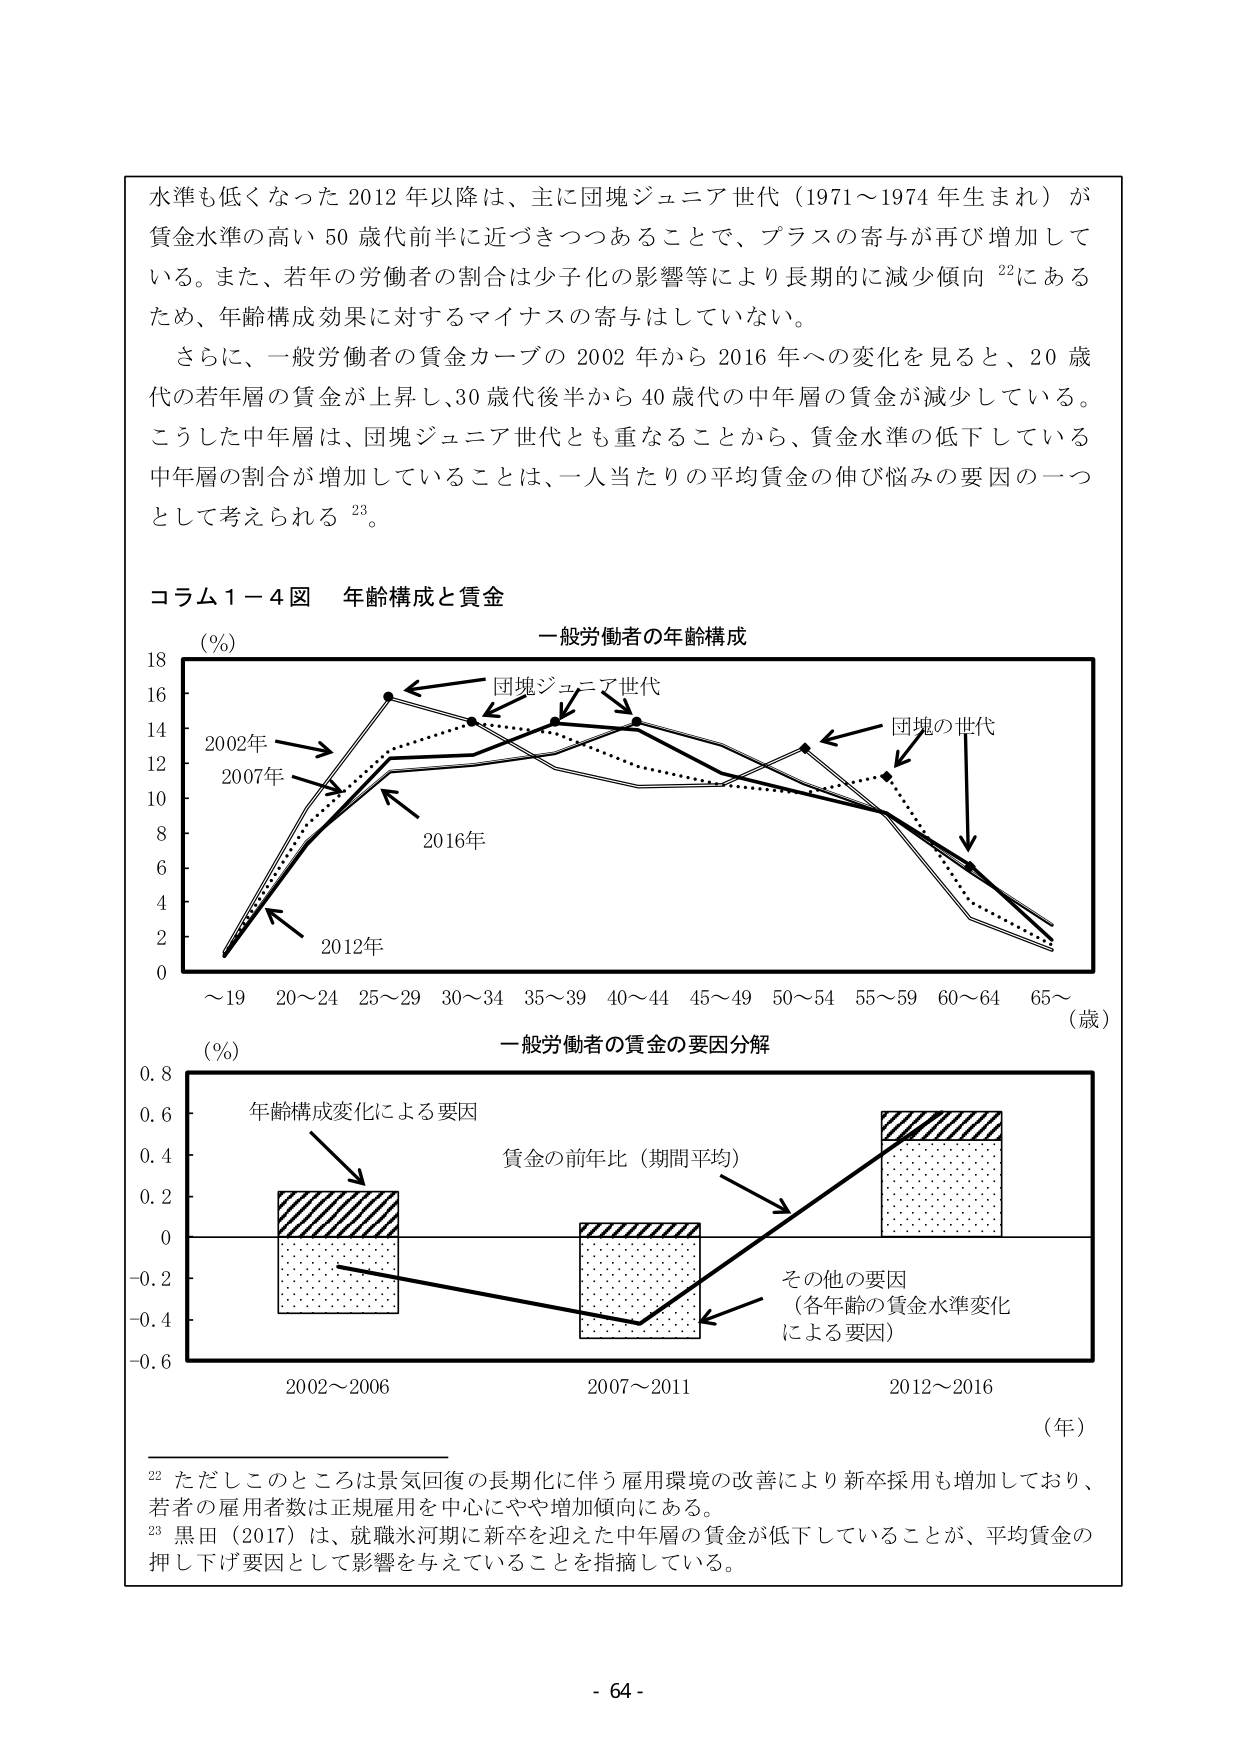
水準も低くなった 2012 年以降は、主に団塊ジュニア世代（1971～1974 年生まれ）が
賃金水準の高い 50 歳代前半に近づきつつあることで、プラスの寄与が再び増加して
いる。また、若年の労働者の割合は少子化の影響等により長期的に減少傾向 22にある
ため、年齢構成効果に対するマイナスの寄与はしていない。
さらに、一般労働者の賃金カーブの 2002 年から 2016 年への変化を見ると、20 歳
代の若年層の賃金が上昇し、30 歳代後半から 40 歳代の中年層の賃金が減少している。
こうした中年層は、団塊ジュニア世代とも重なることから、賃金水準の低下している
中年層の割合が増加していることは、一人当たりの平均賃金の伸び悩みの要因の一つ
として考えられる 23。

コラム１－４図 年齢構成と賃金
（％）
一般労働者の年齢構成
18
16
14
12
10
8
6
4
2
0
～19 20～24 25～29 30～34 35～39 40～44 45～49 50～54 55～59 60～64 65～（歳）
団塊ジュニア世代
団塊の世代
2002年
2007年
2012年
2016年
（％）
一般労働者の賃金の要因分解
0.8
0.6
0.4
0.2
0
-0.2
-0.4
-0.6
2002～2006
2007～2011
2012～2016
（年）
年齢構成変化による要因
賃金の前年比（期間平均）
その他の要因
（各年齢の賃金水準変化
による要因）

22 ただしこのところは景気回復の長期化に伴う雇用環境の改善により新卒採用も増加しており、
若者の雇用者数は正規雇用を中心にやや増加傾向にある。
23 黒田（2017）は、就職氷河期に新卒を迎えた中年層の賃金が低下していることが、平均賃金の
押し下げ要因として影響を与えていることを指摘している。

- 64 -